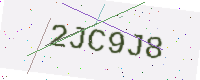
Text: 2JC9J8